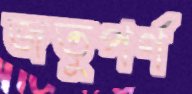
জতুপর্ণ